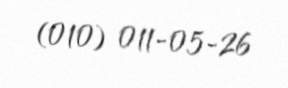
(010) 011-05-26